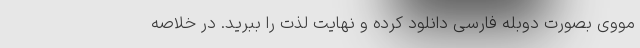
مووی بصورت دوبله فارسی دانلود کرده و نهایت لذت را ببرید. در خلاصه